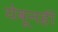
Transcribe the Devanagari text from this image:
येवूनही